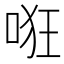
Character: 𱒳